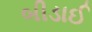
બીડાઈ